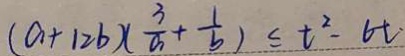
( a + 1 2 b ) ( \frac { 3 } { a } + \frac { 1 } { b } ) \leq t ^ { 2 } - 6 t